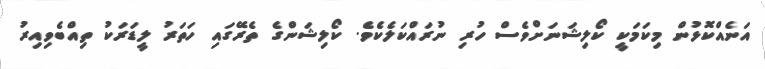
އަނެއްކޮޅުން މިކަމަކީ ކޯލިޝަނަށްވެސް ހުރި ނުރައްކަލެކެވެ. ކޯލިޝަންގެ ތެރޭގައި ހަތަރު ލީޑަރަކު ތިއްބެވިއިރު